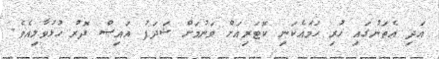
އަދި އެތަނުގައި ހުރި ހަމައެކަނި ކޮޓަރިއަށް ވަނުމަށް ޝަދަފު އައިސް ދޮރު ހުޅުވާލިއެވެ.